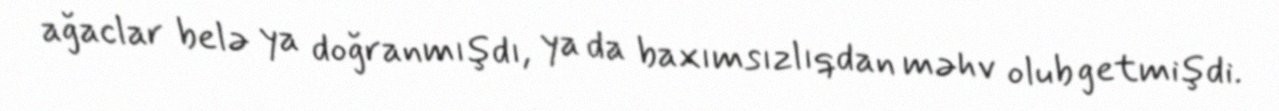
ağaclar belə ya doğranmışdı, ya da baxımsızlıqdan məhv olub getmişdi.